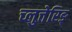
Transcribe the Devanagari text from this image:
च्लुत्तेरिङ्